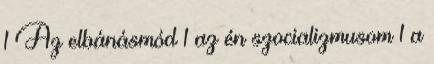
1 Az elbánásmód 1 az én szocializmusom 1 a